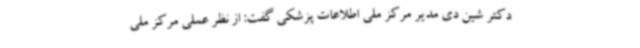
دکتر شین دی مدیر مرکز ملی اطلاعات پزشکی گفت: از نظر عملی مرکز ملی